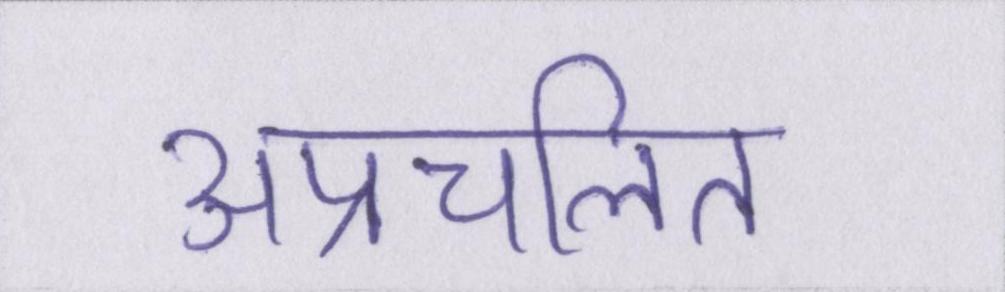
अप्रचलित